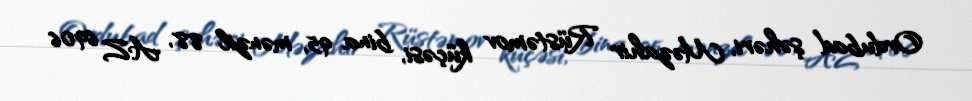
Ordubad şəhəri, Məzahir Rüstəmov küçəsi, bina 95, mənzil 88, AZ 6906